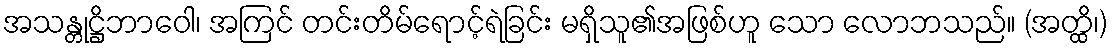
အသန္တုဋ္ဌိဘာဝေါ၊ အကြင် တင်းတိမ်ရောင့်ရဲခြင်း မရှိသူ၏အဖြစ်ဟူ သော လောဘသည်။ (အတ္ထိ၊)